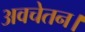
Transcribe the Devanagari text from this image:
अवचेतन।